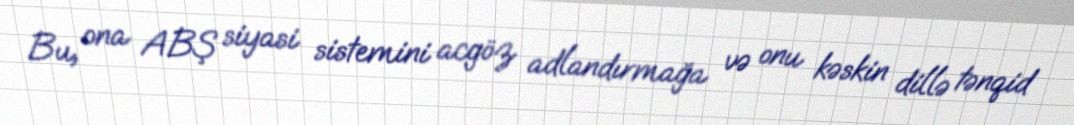
Bu, ona ABŞ siyasi sistemini acgöz adlandırmağa və onu kəskin dillə tənqid